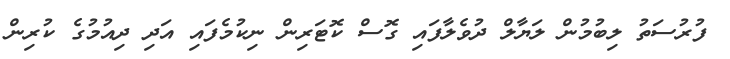
ފުރުސަތު ލިބުމުން ލަޔާލް ދުވެލާފައި ގޮސް ކޮޓަރިން ނިކުމެފައި އަދި ދިއުމުގެ ކުރިން